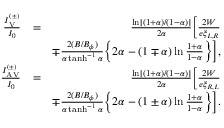
\begin{array} { r l r } { \frac { I _ { \mathrm { V } } ^ { ( \pm ) } } { I _ { 0 } } } & { = } & { \frac { \ln [ ( 1 + \alpha ) / ( 1 - \alpha ) ] } { 2 \alpha } \biggl [ \frac { 2 W } { e \xi _ { L , R } } } \\ & { } & { \mp \frac { 2 ( B / B _ { \phi } ) } { \alpha \operatorname { t a n h } ^ { - 1 } \alpha } \biggl \{ 2 \alpha - ( 1 \mp \alpha ) \ln \frac { 1 + \alpha } { 1 - \alpha } \biggr \} \biggr ] , } \\ { \frac { I _ { \mathrm { A V } } ^ { ( \pm ) } } { I _ { 0 } } } & { = } & { \frac { \ln [ ( 1 + \alpha ) / ( 1 - \alpha ) ] } { 2 \alpha } \biggl [ \frac { 2 W } { e \xi _ { R , L } } } \\ & { } & { \mp \frac { 2 ( B / B _ { \phi } ) } { \alpha \operatorname { t a n h } ^ { - 1 } \alpha } \biggl \{ 2 \alpha - ( 1 \pm \alpha ) \ln \frac { 1 + \alpha } { 1 - \alpha } \biggr \} \biggr ] . } \end{array}